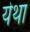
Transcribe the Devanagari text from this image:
येथा